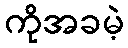
ကိုအခမဲ့